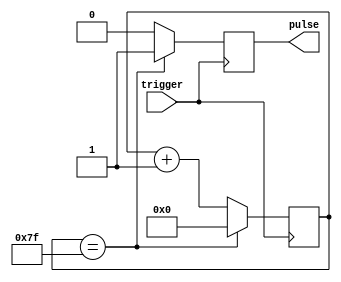
module pulse_generator(
    input trigger,
    output reg pulse
);

reg [7:0] counter;

always @(posedge trigger) begin
    counter <= counter + 1;
    
    if(counter == 8'd127) begin
        pulse <= 1;
        counter <= 0;
    end else begin
        pulse <= 0;
    end
end

endmodule